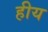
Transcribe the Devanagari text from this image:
हीय